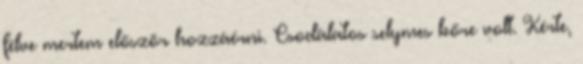
félve mertem először hozzáérni. Csodálatos selymes bőre volt. Kérte,